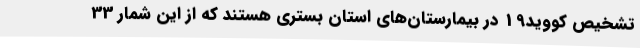
تشخیص کووید19 در بیمارستان‌های استان بستری هستند که از این شمار 33